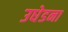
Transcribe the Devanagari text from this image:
उधेडना